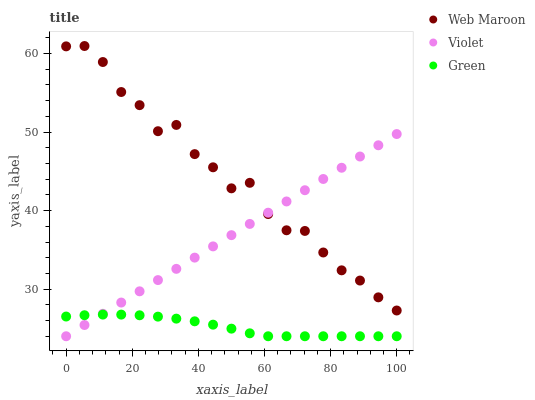
| xaxis_label | Web Maroon | Violet | Green |
 | --- | --- | --- | --- |
 | 0 | 60.9 | 24 | 26.5 |
 | 5.56 | 61 | 25.4 | 26.7 |
 | 11.1 | 58.9 | 26.9 | 26.8 |
 | 16.7 | 55.1 | 28.3 | 26.8 |
 | 22.2 | 53.4 | 29.7 | 26.7 |
 | 27.8 | 50.1 | 31.2 | 26.5 |
 | 33.3 | 50.9 | 32.6 | 26.2 |
 | 38.9 | 47.2 | 34 | 25.9 |
 | 44.4 | 45.5 | 35.4 | 25.5 |
 | 50 | 42.8 | 36.9 | 25 |
 | 55.6 | 43.5 | 38.3 | 24.4 |
 | 61.1 | 39.6 | 39.7 | 24 |
 | 66.7 | 37.5 | 41.2 | 24 |
 | 72.2 | 37.4 | 42.6 | 24 |
 | 77.8 | 34.7 | 44 | 24 |
 | 83.3 | 32.4 | 45.5 | 24 |
 | 88.9 | 31.1 | 46.9 | 24 |
 | 94.4 | 29 | 48.3 | 24 |
 | 100 | 27.3 | 49.7 | 24 |